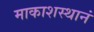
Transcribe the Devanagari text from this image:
माकाशस्थानं